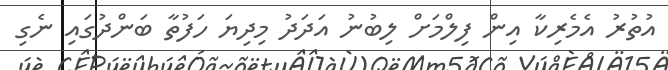
އުތުރު އެމެރިކާ އިން ފިލްމަށް ލިބުނު އަދަދު މިދިޔަ ހަފުތާ ބަންދުގައި ނެގި